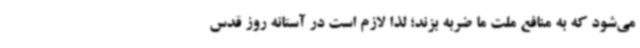
می‌شود که به منافع ملت ما ضربه بزند؛ لذا لازم است در آستانه روز قدس